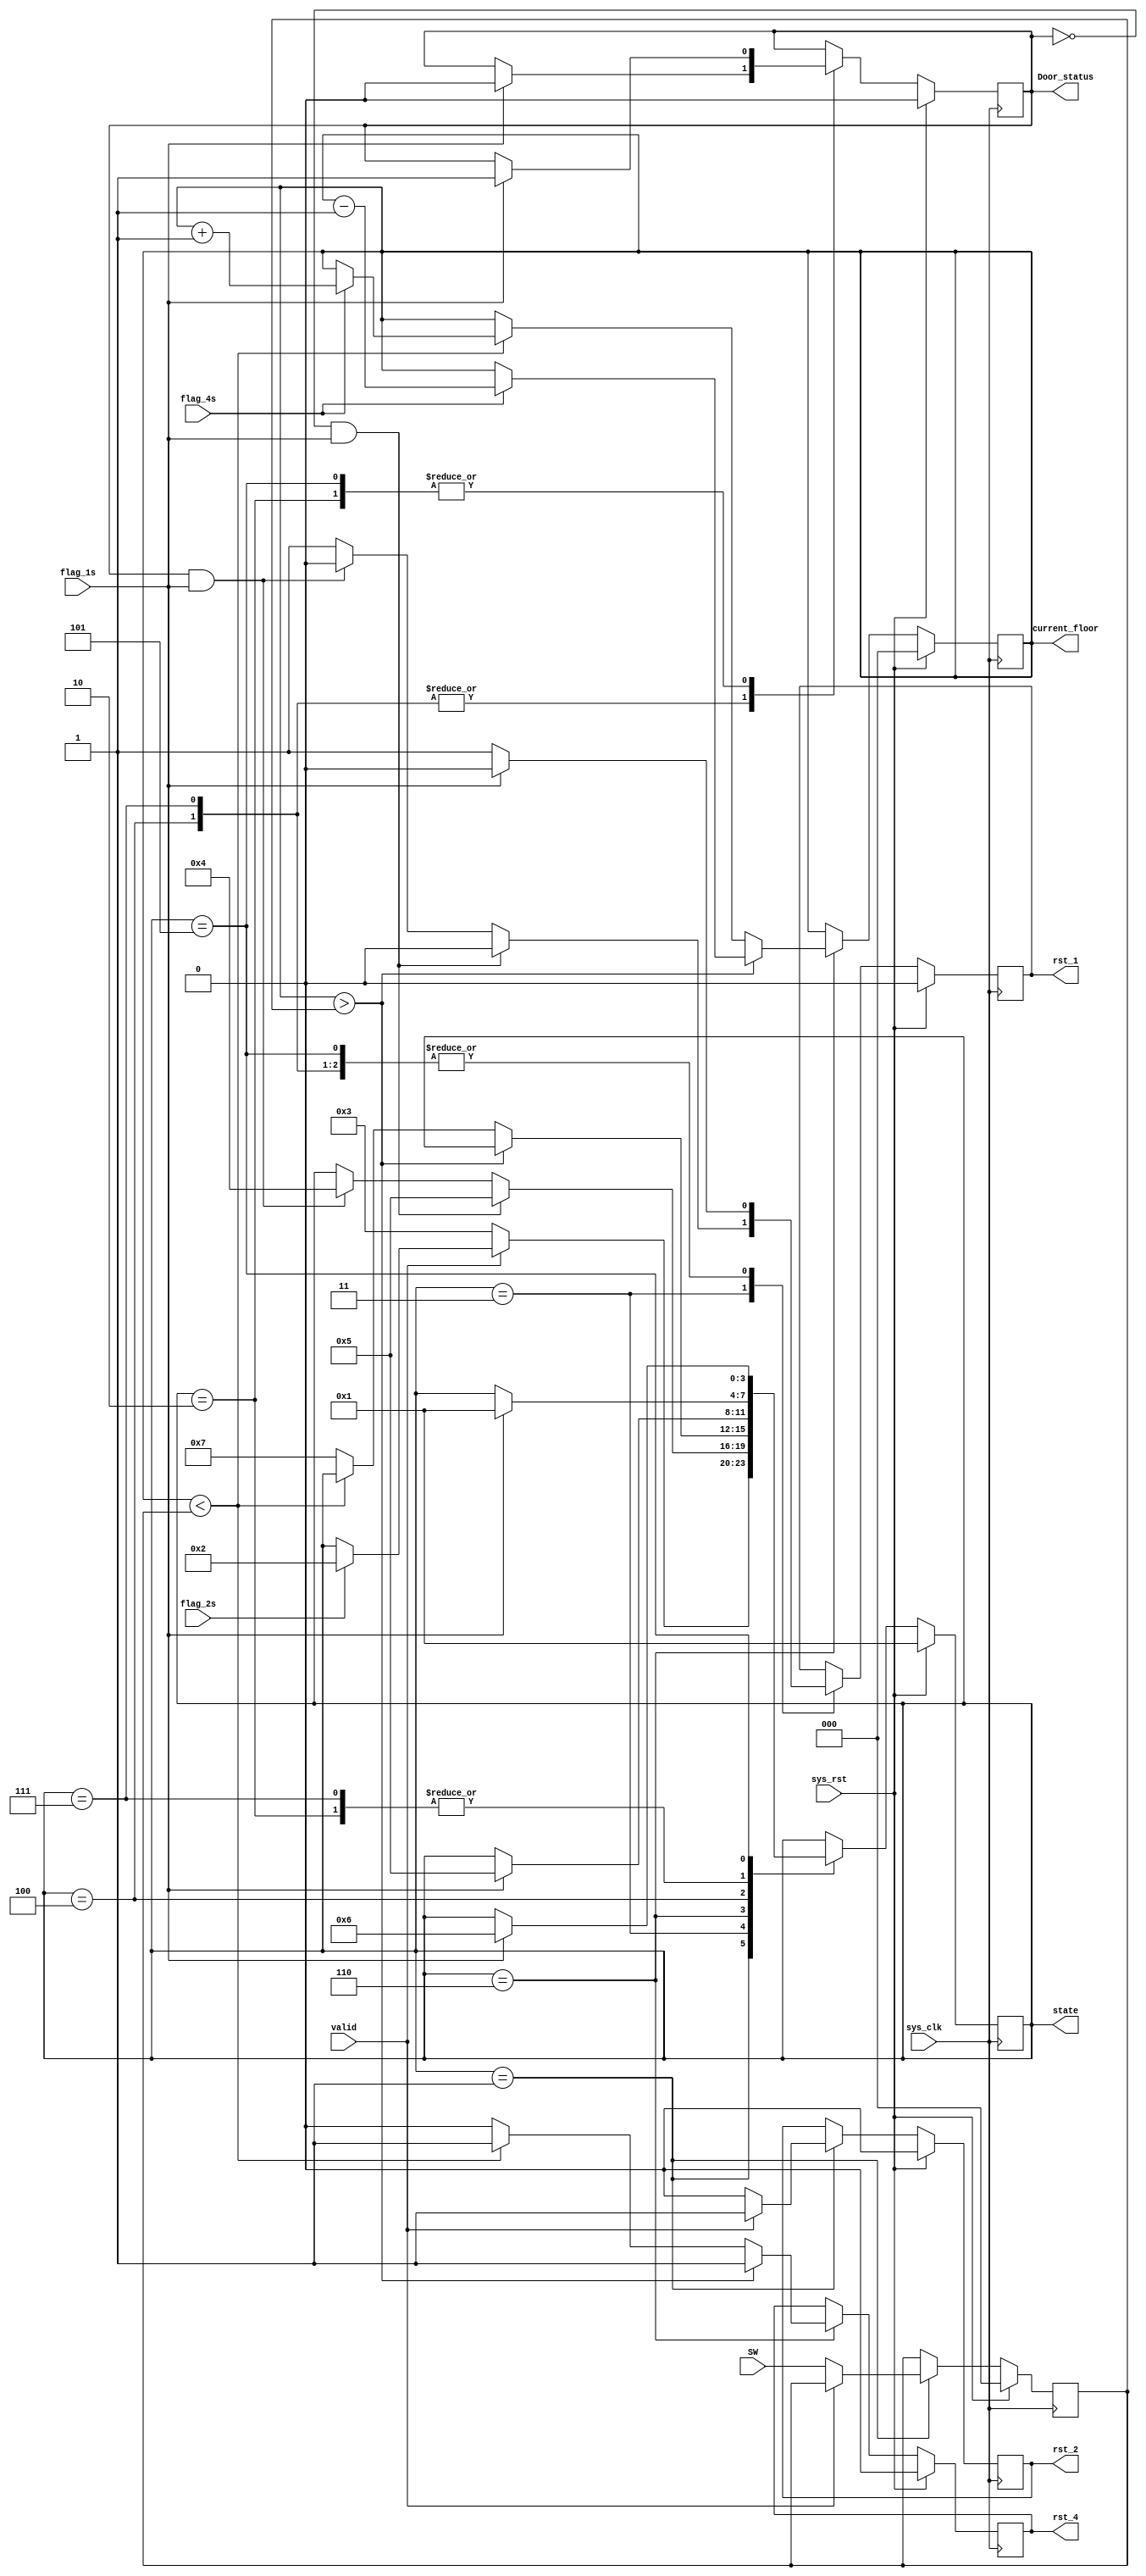
module Elevator_Code(
    input sys_clk,
    input sys_rst,
    input valid,
    input [2:0] SW,
    output reg rst_1,
    output reg rst_2,
    output reg rst_4,
    input flag_1s,
    input flag_2s,
    input flag_4s,
    output reg Door_status,
    output reg[2:0] current_floor,
    output reg [3:0] state
);

parameter System_waiting_for_valid =1;
parameter Close_door_return=2;
parameter Check_Door_status=3;
parameter Open_door_before_moving=4;
parameter Close_door=5;
parameter Move=6;
parameter Floor_reached=7;
reg [2:0] NF = 0;
always @(posedge sys_clk)

begin
if(sys_rst)
begin
    current_floor<=0;
    NF<=0;
    state<=System_waiting_for_valid;
    rst_1<=0;
    rst_2<=0;
    rst_4<=0;
    Door_status <=0; //open is 0
end
else
	case(state)

	System_waiting_for_valid: //1
        begin 
        rst_2<=1;
        if(!valid)
         begin
            rst_2<=0;
            NF<=SW;
            state<= Check_Door_status;
        end
        else if(flag_2s) 
        begin
            state<= Close_door_return;
        end
    end

    Check_Door_status: begin //3
        rst_1<=1; 
        if(Door_status == 0 && flag_1s) 
        begin // door open, close it
            rst_1<=0;
            state<= Close_door;
        end
        else if(Door_status == 1 && flag_1s)//door closed, open it
        begin
            rst_1<=0;
            state<= Open_door_before_moving;
        end
    end

    Close_door_return: begin //2
        rst_1<=1; 
        if(flag_1s)
        begin
            rst_1<=0;
            state<= System_waiting_for_valid;
            Door_status <= 1;
        end
    end

    Move: begin //6
        rst_4<=1; 
        if(current_floor>NF)
        begin
            if(flag_4s)
            current_floor<=current_floor-1;
        end
        else if(current_floor<NF)
        begin
            if(flag_4s)
            current_floor<=current_floor+1;
        end
        else 
        begin
            rst_4<=0; 
            state<= Floor_reached;
        end
    end

    Open_door_before_moving: begin //4
    rst_1<=1;
    if(flag_1s)
    begin
        rst_1<=0;
        state<= Close_door;
        Door_status <= 0;
    end
    end

    Floor_reached: begin //7
    rst_1<=1;
    if(flag_1s)
    begin
        rst_1<=0;
        state<= System_waiting_for_valid;
        Door_status <= 0;
    end
    end

    Close_door: begin //5
    rst_1<=1;
    if(flag_1s)
    begin
        rst_1<=0;
        state<= Move;
        Door_status <= 1;
    end
    end
    endcase
    end
endmodule